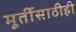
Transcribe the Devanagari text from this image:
मूर्तीसाठीही